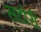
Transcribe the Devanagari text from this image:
सटोरी